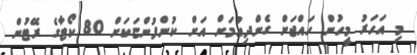
މި އަހަރު މީހުން ހައްޖަށް ގެންދިއުމަށް އަށް ކުންފުންޏަކަށް 80 ކޯޓާގެ ރޭޓުން